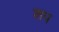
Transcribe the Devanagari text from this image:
शप